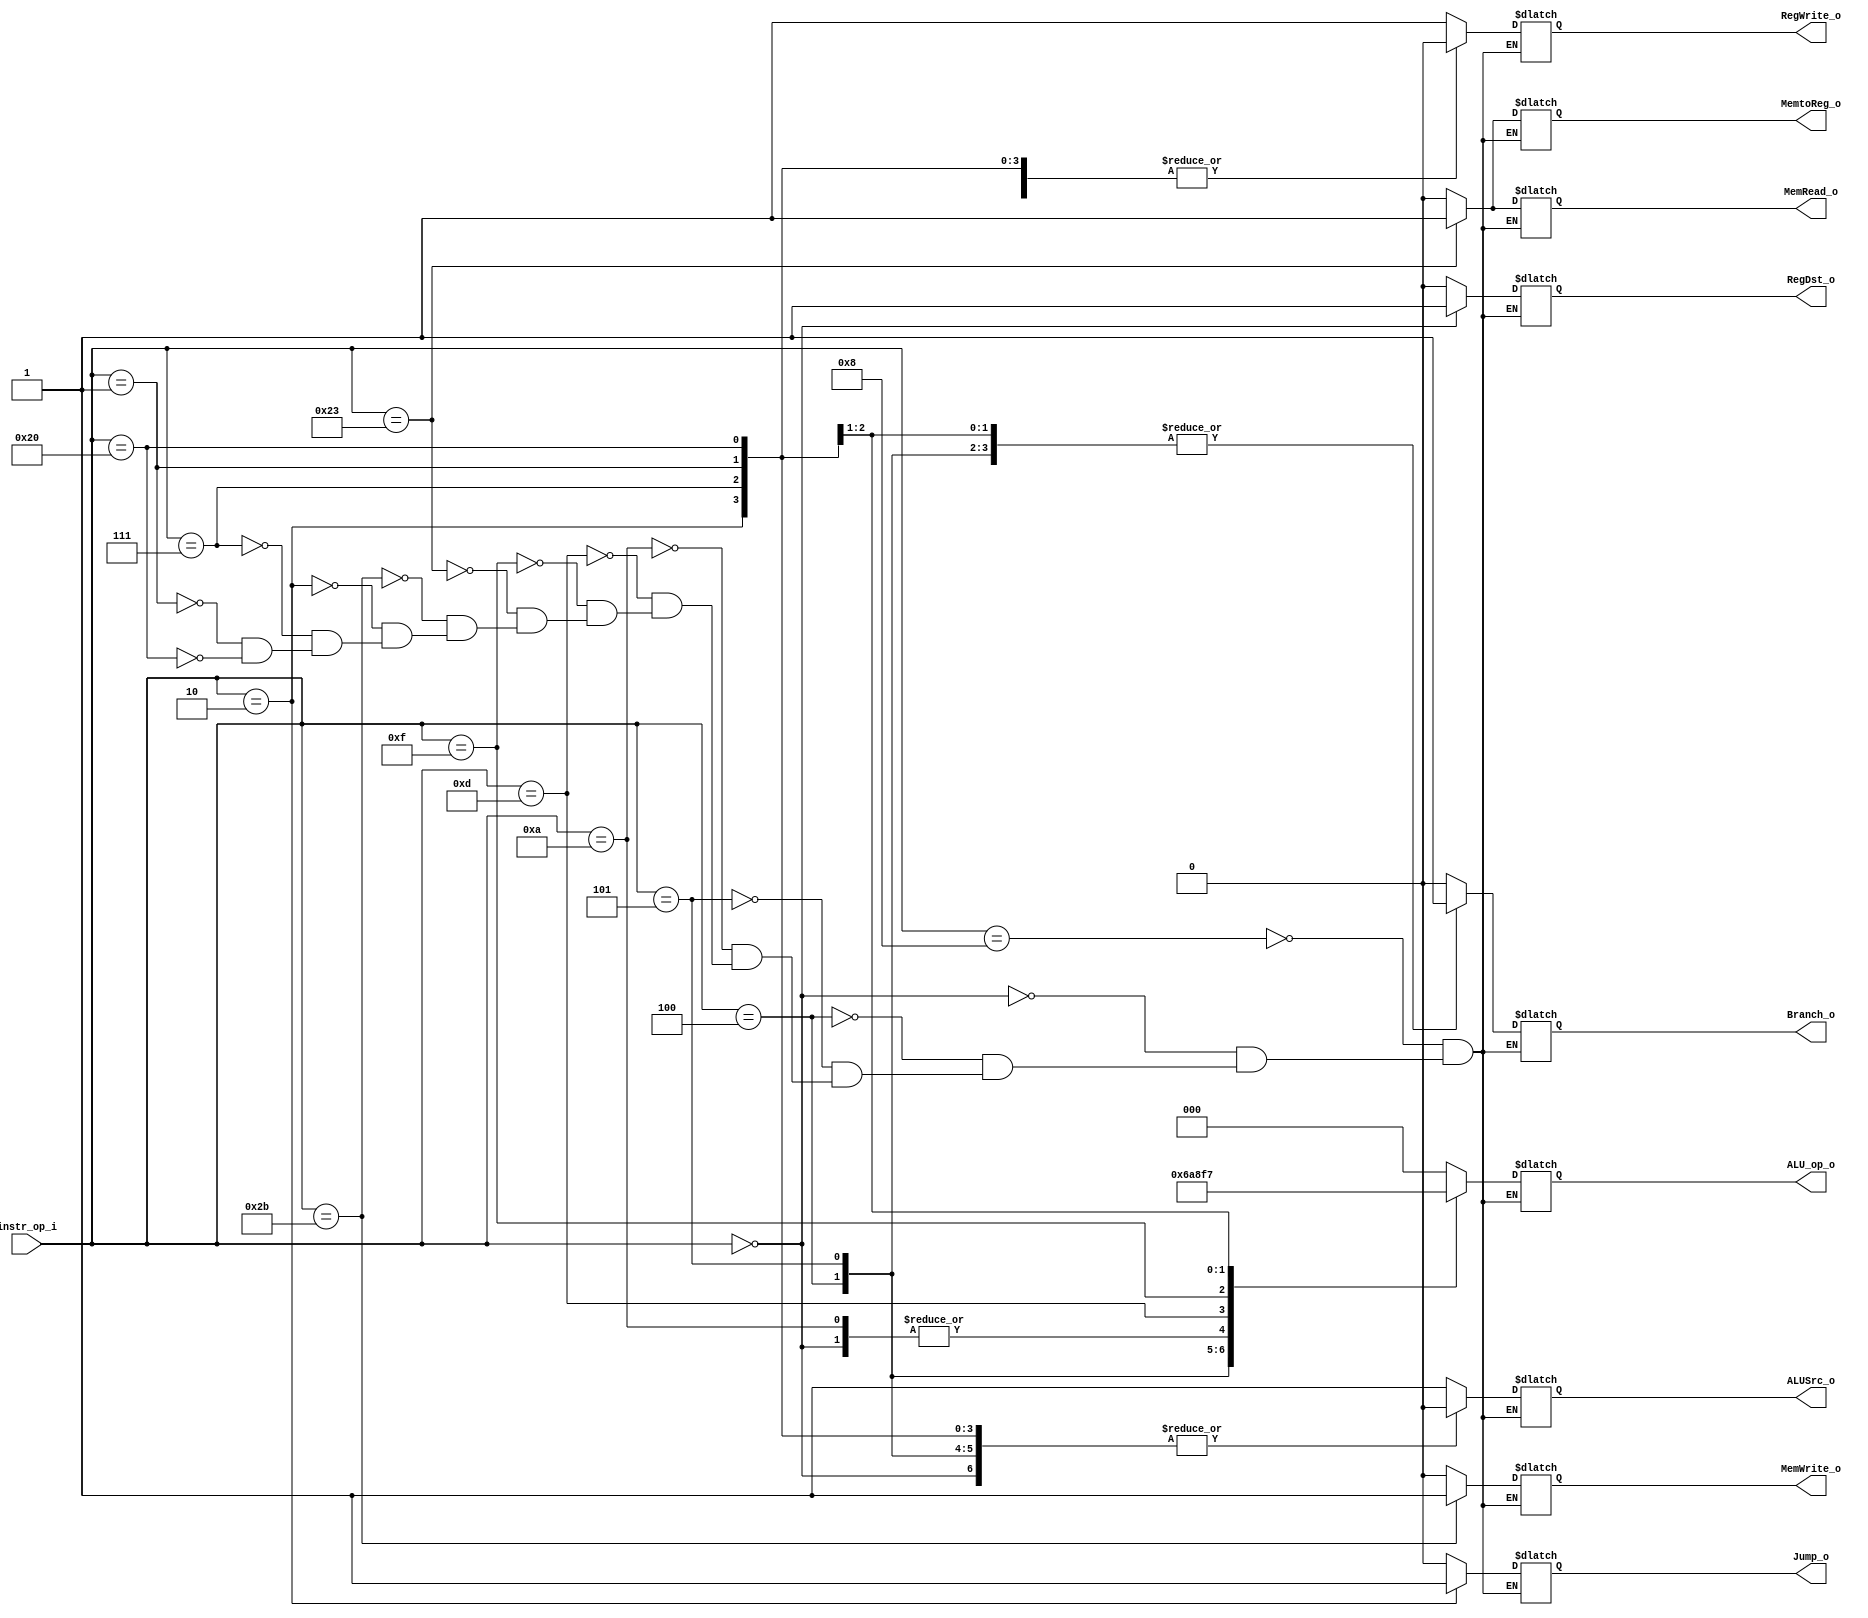
//Subject:     CO project 2 - Decoder
//--------------------------------------------------------------------------------
//Version:     1
//--------------------------------------------------------------------------------
//Writer:      
//----------------------------------------------
//Date:        
//----------------------------------------------
//Description: 
//--------------------------------------------------------------------------------

module Decoder(
    instr_op_i,
	RegWrite_o,
	ALU_op_o,
	ALUSrc_o,
	RegDst_o,
	Branch_o,
	Jump_o,
	MemWrite_o,
	MemRead_o,
	MemtoReg_o
	);
     
//I/O ports
input  [6-1:0] instr_op_i;

output         RegWrite_o;
output [3-1:0] ALU_op_o;
output         ALUSrc_o;
output         RegDst_o;
output         Branch_o;
output         Jump_o;
output         MemWrite_o;
output         MemRead_o;
output         MemtoReg_o;

//Internal Signals
reg    [3-1:0] ALU_op_o;
reg            ALUSrc_o;
reg            RegWrite_o;
reg            RegDst_o;
reg            Branch_o;
reg            MemWrite_o;
reg            MemRead_o;
reg            Jump_o;
reg            MemtoReg_o;



//Parameter


//Main function
always @(instr_op_i) begin
	case(instr_op_i)
	    6'd8:begin
              RegWrite_o<=1;
				  ALU_op_o<=2'b00;  
				  ALUSrc_o<=1;
				  RegDst_o<=0;
				  Branch_o<=0;
			     Jump_o<=0;
              MemWrite_o<=0;
              MemRead_o<=0;
              MemtoReg_o<=0;
        		 end
		 6'd0:begin
              RegWrite_o<=1;
				  ALU_op_o<=2'b10;  
				  ALUSrc_o<=0;
				  RegDst_o<=1;
				  Branch_o<=0;
				  Jump_o<=0;
              MemWrite_o<=0;
              MemRead_o<=0;
              MemtoReg_o<=0;
        		 end	 
       6'd4:begin     //BEQ
              RegWrite_o<=0;
				  ALU_op_o<=2'b01;  
				  ALUSrc_o<=0;
				  RegDst_o<=0;
				  Branch_o<=1;
				  Jump_o<=0;
              MemWrite_o<=0;
              MemRead_o<=0;
              MemtoReg_o<=0;
        		 end
		 6'd5:begin      //BNE
              RegWrite_o<=0;
				  ALU_op_o<=3'b101;  
				  ALUSrc_o<=0;
				  RegDst_o<=0;
				  Branch_o<=1;
				  Jump_o<=0;
              MemWrite_o<=0;
              MemRead_o<=0;
              MemtoReg_o<=0;
        		 end		 
		 6'd10:begin
              RegWrite_o<=1;
				  ALU_op_o<=2'b10;  
				  ALUSrc_o<=1;
				  RegDst_o<=0;
				  Branch_o<=0;
				  Jump_o<=0;
              MemWrite_o<=0;
              MemRead_o<=0;
              MemtoReg_o<=0;
        		 end		
      6'd13:begin
              RegWrite_o<=1;
				  ALU_op_o<=3'b100;  
				  ALUSrc_o<=1;
				  RegDst_o<=0;
				  Branch_o<=0;
				  Jump_o<=0;
              MemWrite_o<=0;
              MemRead_o<=0;
              MemtoReg_o<=0;
        		 end		 		

      6'd15:begin
              RegWrite_o<=1;
				  ALU_op_o<=3'b011;  
				  ALUSrc_o<=1;
				  RegDst_o<=0;
				  Branch_o<=0;
				  Jump_o<=0;
              MemWrite_o<=0;
              MemRead_o<=0;
              MemtoReg_o<=0;
        		 end	

    6'b100011:begin // lw
              RegWrite_o<=1;
				  ALU_op_o<=3'b000;  
				  ALUSrc_o<=1;
				  RegDst_o<=0;
				  Branch_o<=0;
				  Jump_o<=0;
              MemWrite_o<=0;
              MemRead_o<=1;
              MemtoReg_o<=1;

              end	 
    6'b101011:begin // sw
              RegWrite_o<=0;
				  ALU_op_o<=3'b000;  
				  ALUSrc_o<=1;
				  RegDst_o<=0;
				  Branch_o<=0;
				  Jump_o<=0;
              MemWrite_o<=1;
              MemRead_o<=0;
              MemtoReg_o<=0;

              end	 		

    6'b000010:begin // jump
              RegWrite_o<=0;
				  ALU_op_o<=3'b000;  
				  ALUSrc_o<=0;
				  RegDst_o<=0;
				  Branch_o<=0;
				  Jump_o<=1;
              MemWrite_o<=0;
              MemRead_o<=0;
              MemtoReg_o<=0;

              end	

    6'b000111:begin // bgt(branch greater than)
              RegWrite_o<=0;
				  ALU_op_o<=6;  
				  ALUSrc_o<=0;
				  RegDst_o<=0;
				  Branch_o<=1;
				  Jump_o<=0;
              MemWrite_o<=0;
              MemRead_o<=0;
              MemtoReg_o<=0;
        		 end		  
	6'b000001:begin // bgez(branch greater equal zero) if(rs>=0)
              RegWrite_o<=0;
				  ALU_op_o<=7;  
				  ALUSrc_o<=0;
				  RegDst_o<=0;
				  Branch_o<=1;
				  Jump_o<=0;
              MemWrite_o<=0;
              MemRead_o<=0;
              MemtoReg_o<=0;
				  
				  end
				  
	6'b100000:begin      //flush controluks
              RegWrite_o<=0;
				  ALU_op_o<=0;  
				  ALUSrc_o<=0;
				  RegDst_o<=0;
				  Branch_o<=0;
				  Jump_o<=0;
              MemWrite_o<=0;
              MemRead_o<=0;
              MemtoReg_o<=0;


            	
        		 end		  			 

	
	  endcase
end


endmodule